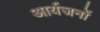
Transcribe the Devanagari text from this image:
आर्यजनों